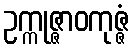
ဥက္ကုဇ္ဇာဝကုဇ္ဇံ